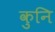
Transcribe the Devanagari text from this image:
कुनि